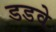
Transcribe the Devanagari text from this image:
डडवे